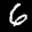
Label: 6